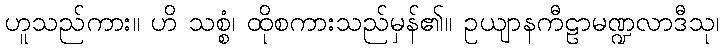
ဟူသည်ကား။ ဟိ သစ္စံ၊ ထိုစကားသည်မှန်၏။ ဥယျာနကီဠာမဏ္ဍလာဒီသု၊